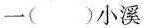
一()小溪